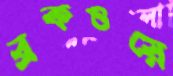
ব্রকওয়ে